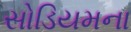
સોડિયમના